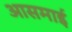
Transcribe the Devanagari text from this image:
आसमाई